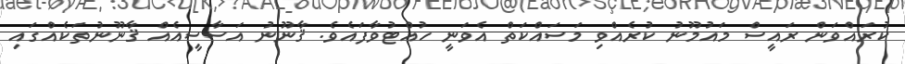
ކުރައްވަން ރައީސް މައުމޫނު ކުރެއްވި މަސައްކަތް އެވަނީ ހުއްޓުވާފައެވެ. ޤާނޫނު އަސާސީއެއް ޤާނޫނުތަކެއްގައި